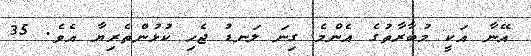
އޭނާ އަކީ މުބާރާތުގެ އެންމެ ގިނަ ލަނޑު ޖެހި ކުޅުންތެރިޔާ އެވެ. 35